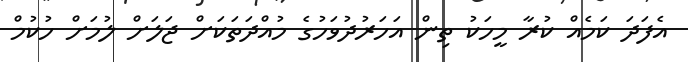
އެފަދަ ކަމެއް ކުރާ މީހަކު ތިން އަހަރުދުވަހުގެ މުއްދަތަކަށް ޖަލަށް ލުމަށް ހުކުމް